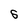
Character: S